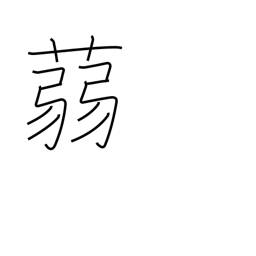
Meaning: a kind of water plant